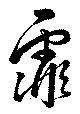
霏